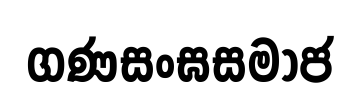
ගණසංඝසමාජ